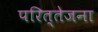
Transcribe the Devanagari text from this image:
परित्तेजना